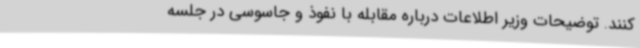
کنند. توضیحات وزیر اطلاعات درباره مقابله با نفوذ و جاسوسی در جلسه